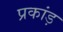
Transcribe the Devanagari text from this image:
प्रकांड़